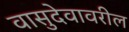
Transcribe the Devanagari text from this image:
वासुदेवावरील